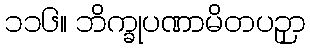
၁၁၆။ ဘိက္ခုပဏာမိတပဉှာ